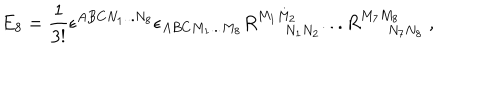
LaTeX: E _ { 8 } = { \frac { 1 } { 3 ! } } \epsilon ^ { A B C N _ { 1 } . . . N _ { 8 } } \epsilon _ { A B C M _ { 1 } . . . M _ { 8 } } R _ { N _ { 1 } N _ { 2 } } ^ { M _ { 1 } M _ { 2 } } . . . R _ { N _ { 7 } N _ { 8 } } ^ { M _ { 7 } M _ { 8 } } \ ,